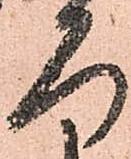
ろ